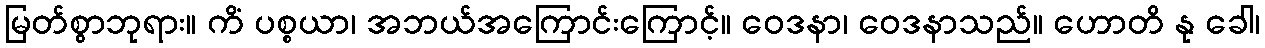
မြတ်စွာဘုရား။ ကိံ ပစ္စယာ၊ အဘယ်အကြောင်းကြောင့်။ ဝေဒနာ၊ ဝေဒနာသည်။ ဟောတိ နု ခေါ၊